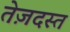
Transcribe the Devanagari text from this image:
तेज़दस्त